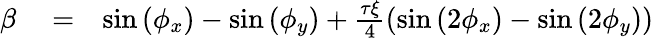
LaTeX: \begin{array}{rlr}{\beta}&{{}=}&{\sin{(\phi_{x})}-\sin{(\phi_{y})}+\frac{\tau\xi}{4}(\sin{(2\phi_{x})}-\sin{(2\phi_{y})})}\end{array}